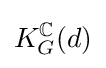
K_{G}^{\mathbb {C} }(d)